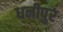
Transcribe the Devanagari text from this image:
धनीपुर